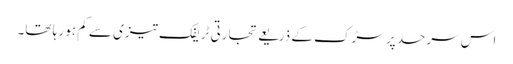
اس سرحد پر سڑک کے ذریعے تجارتی ٹریفک تیزی سے کم ہو رہا تھا۔